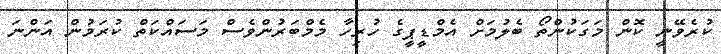
ކުރެވޭނީ ކޮން މަގަކުންތޯ ބެލުމަށް އެމްޑީޕީގެ ހުރިހާ މެމްބަރުންވެސް މަސައްކަތް ކުރަމުން އަންނަ